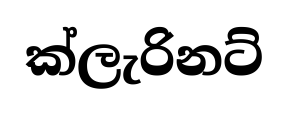
ක්ලැරිනට්